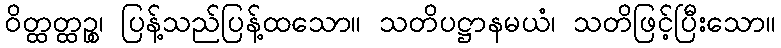
ဝိတ္ထတ္ထဉ္စ၊ ပြန့်သည်ပြန့်ထသော။ သတိပဋ္ဌာနမယံ၊ သတိဖြင့်ပြီးသော။